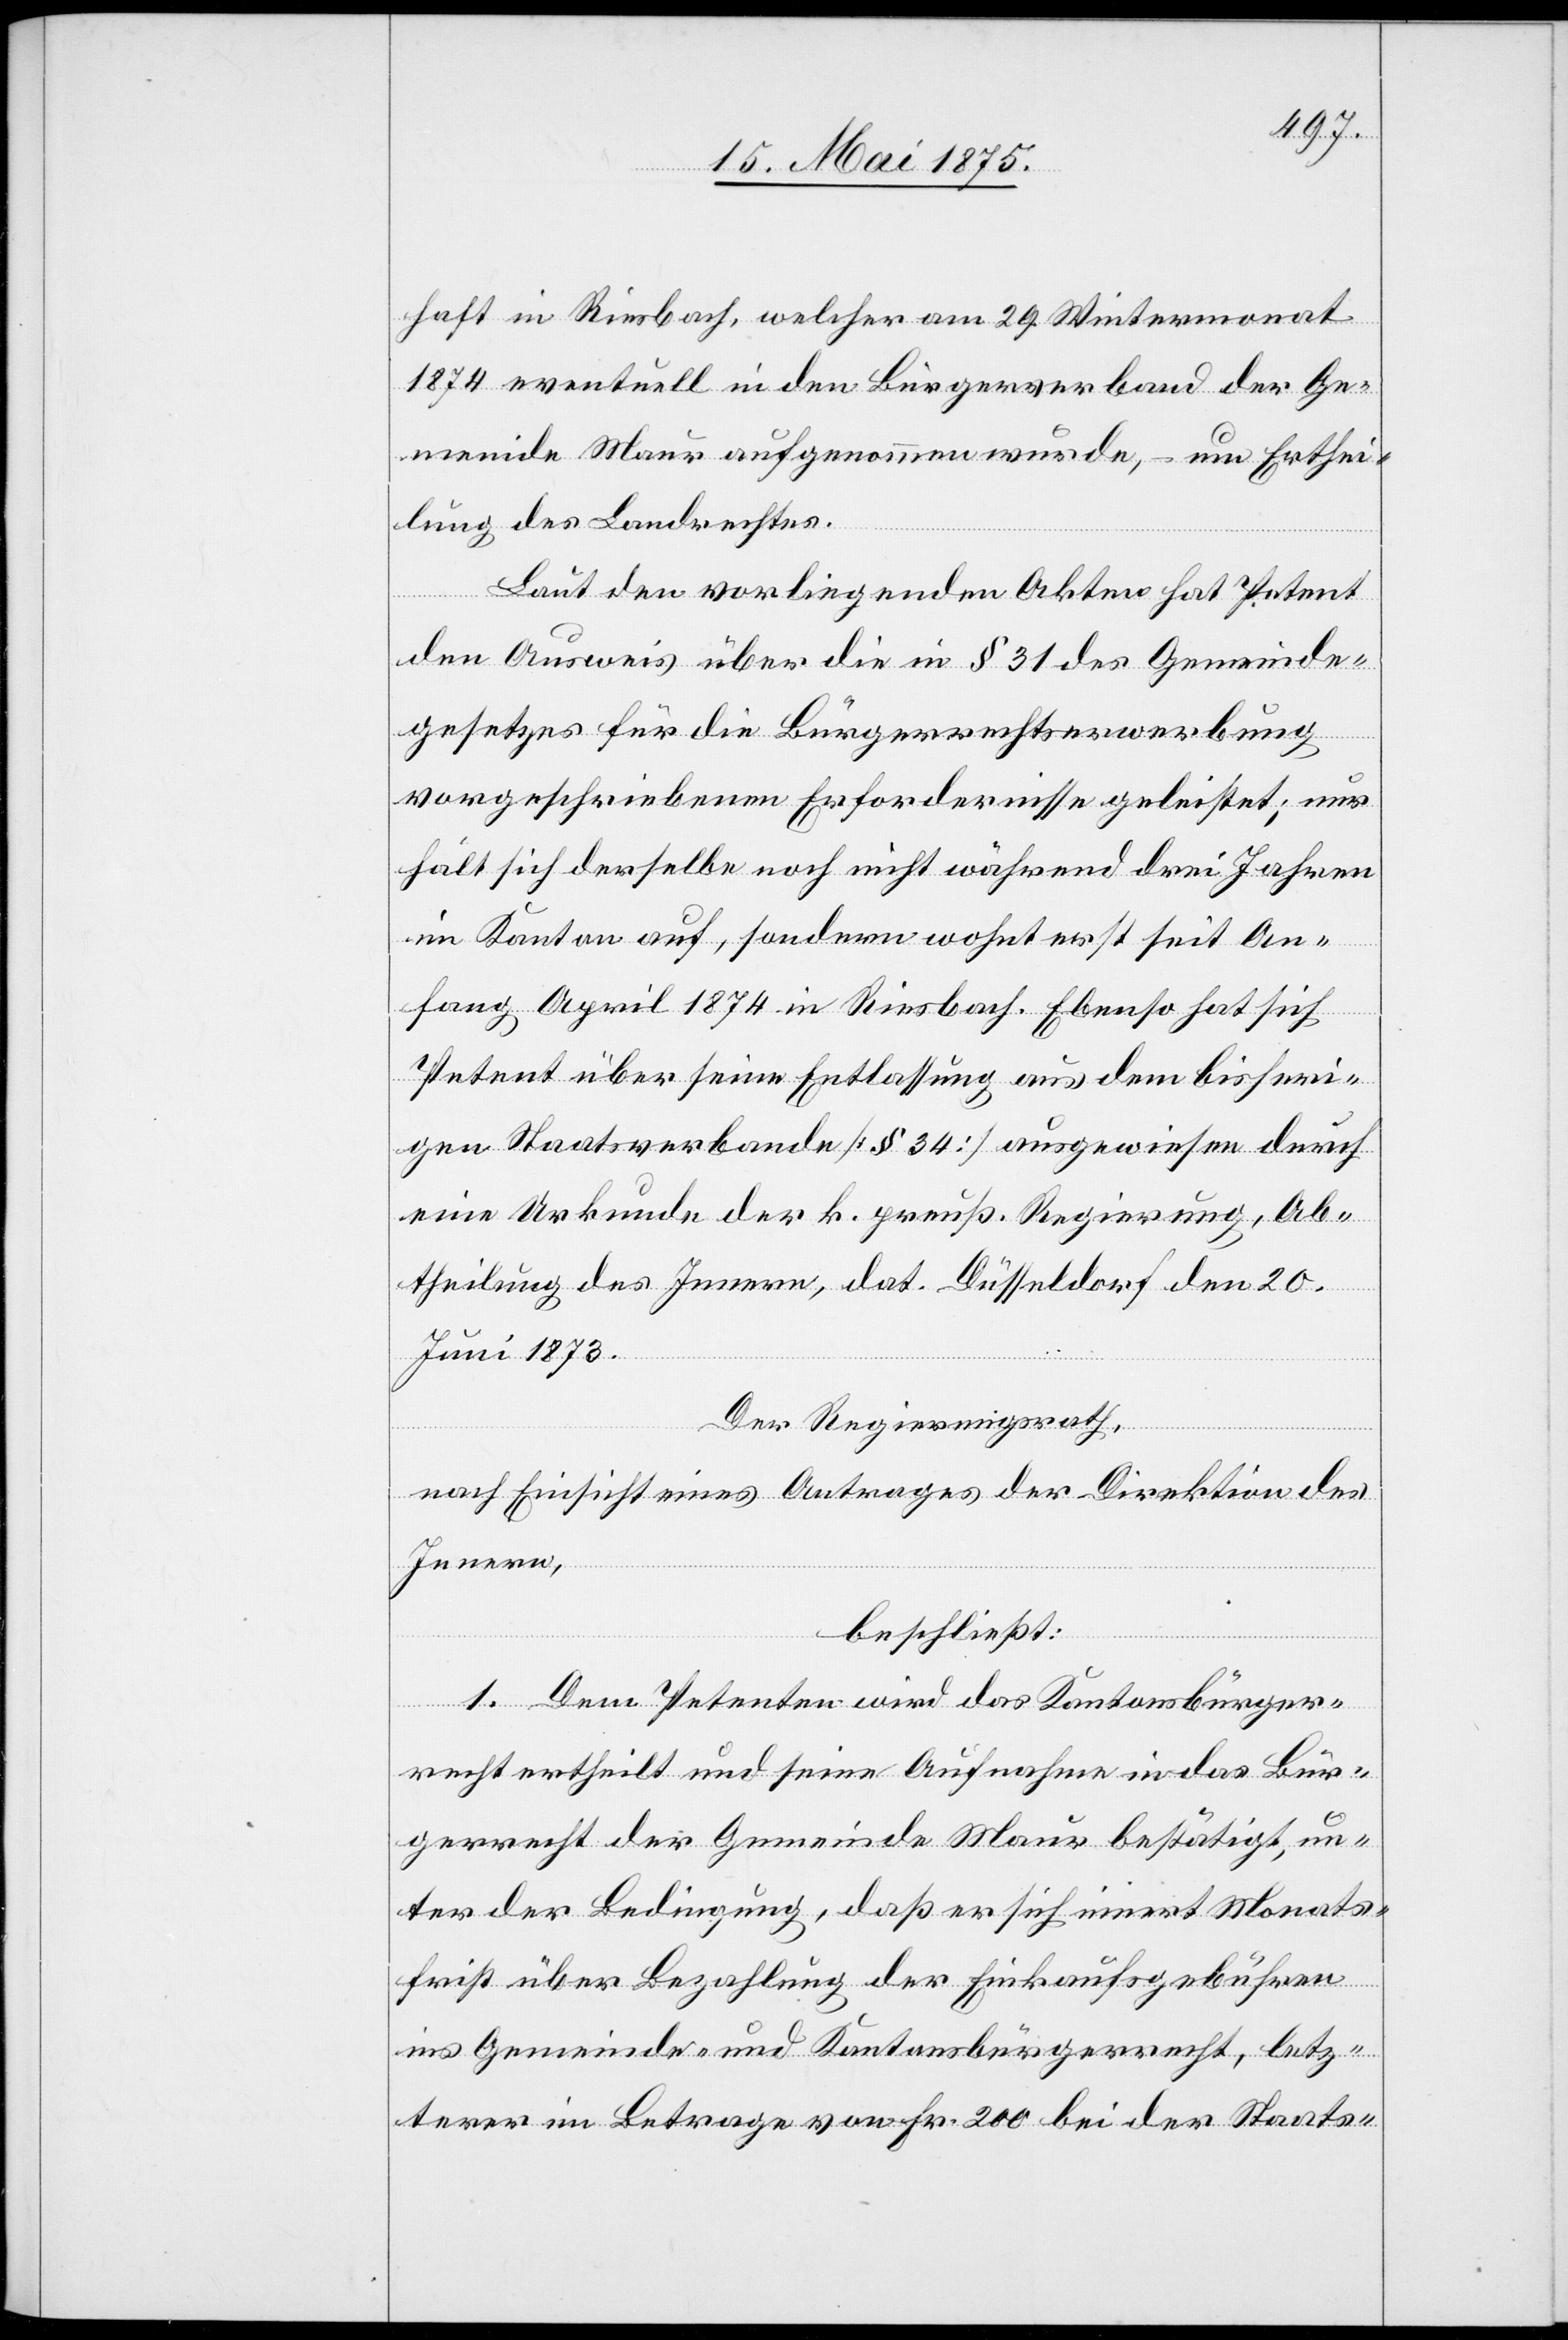
haft in Riesbach, welcher am 29. Wintermonat
1874 eventuell in den Bürgerverband der Ge¬
meinde Maur aufgenommen wurde, – um Erthei¬
lung des Landrechtes.
Laut den vorliegenden Akten hat Petent
den Ausweis über die in § 31 des Gemeinde¬
gesetzes für die Bürgerrechtserwerbung
vorgeschriebenen Erfordernisse geleistet; nur
hält sich derselbe noch nicht während drei Jahren
im Kanton auf, sondern wohnt erst seit An¬
fang April 1874 in Riesbach. Ebenso hat sich
Petent über seine Entlassung aus dem bisheri¬
gen Staatsverbande [§ 34] ausgewiesen durch
eine Urkunde der k. preuß. Regierung, Ab¬
theilung des Innern, dat.Düsseldorf den 20.
Juni 1873.
Der Regierungsrath,
nach Einsicht eines Antrages der Direktion des
Innern,
beschließt:
1. Dem Petenten wird das Kantonsbürger¬
recht ertheilt und seine Aufnahme in das Bür¬
gerrecht der Gemeinde Maur bestätigt, un¬
ter der Bedingung, daß er sich innert Monats¬
frist über Bezahlung der Einkaufsgebühren
ins Gemeinde- und Kantonsbürgerrecht, letz¬
terer im Betrage von Fr. 200 bei der Staats-